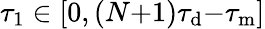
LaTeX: \tau_{1}\in[0,(N{+}1)\tau_{\mathrm{d}}{-}\tau_{\mathrm{m}}]